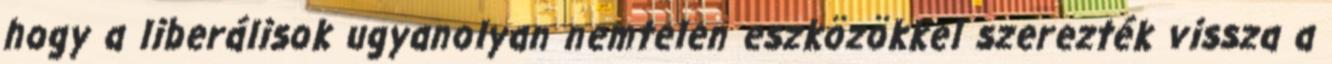
hogy a liberálisok ugyanolyan nemtelen eszközökkel szerezték vissza a